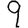
Digit: 9